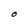
Character: O